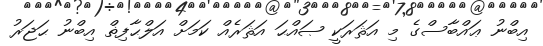
އިބްނު ޢައްބާސްގެ މި އަޘަރަކީ ޞައްޙަ އަޘަރެއް ކަމަށް އަލްޙާފިޡް އިބްނު ޙަޖަރު